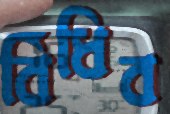
বিঁধিব